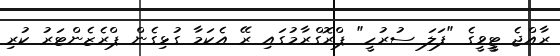
ރާއްޖެ ޓީީވީގެ "ފަލަ ސުރުހީ" ޕްރޮގްރާމުގައި ރޭ އެކަމާ ގުޅިގެން ޕްރެޒެންޓަރު ކުރި